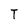
Character: T